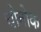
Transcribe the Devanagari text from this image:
चोनोक